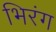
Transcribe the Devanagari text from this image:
भिरंग